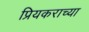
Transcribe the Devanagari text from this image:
प्रियकराच्या